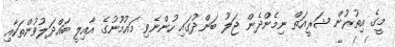
މީގެ އިތުރުން ޝަރީއަތް ނިމެންދެން ޖަލު ބަންދުގައި ހުންނެވި މައުމޫނުގެ އާއިލީ ބައްދަލުވުންތަކާއި